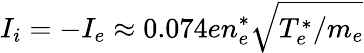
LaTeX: I_{i}=-I_{e}\approx 0.074en_{e}^{*}\sqrt{T_{e}^{*}/m_{e}}